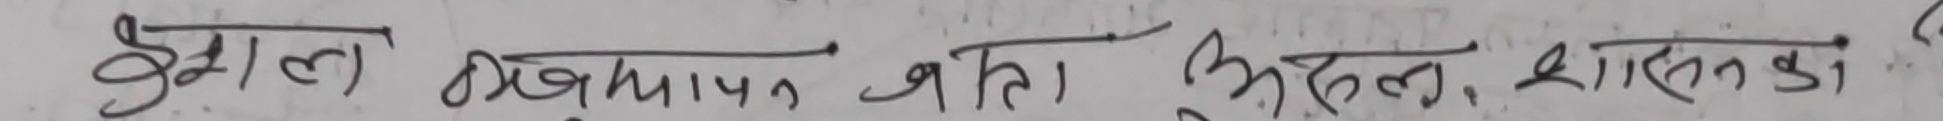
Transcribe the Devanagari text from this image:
सुवाल ठकुरापन, शल, अहल, शिकारको,